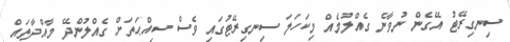
ސިނގިރޭޓު އޭގެން ނުވާނެ ގެއްލުމެއް މިކަހަލަ ސިނގިރޭޓުގައި ވެސް ސިއްޙަތަށް ގެއްލުންދޭ މާއްދާތައް